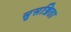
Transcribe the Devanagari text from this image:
सुसज्जिता